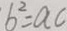
b ^ { 2 } = a c